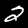
Digit: 2